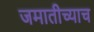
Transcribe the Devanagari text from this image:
जमातीच्याच